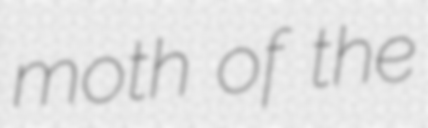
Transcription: moth of the